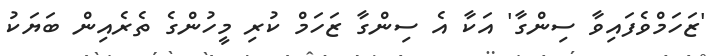
'ޒަހަމްވެފައިވާ ސިންގާ' އަކާ އެ ސިންގާ ޒަހަމް ކުރި މީހުންގެ ތެރެއިން ބަޔަކު